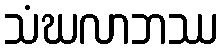
သံဃလာဘဿ